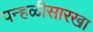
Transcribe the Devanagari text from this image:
पन्हळीसारखा